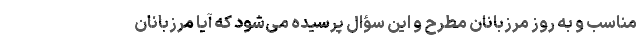
مناسب و به روز مرزبانان مطرح و این سؤال پرسیده می‌شود که آیا مرزبانان